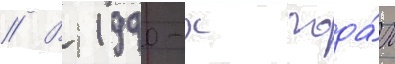
// В 1990-х года́х